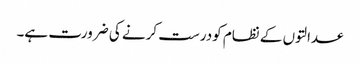
عدالتوں کے نظام کودرست کرنے کی ضرورت ہے۔